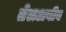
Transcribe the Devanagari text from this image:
तेलअबीब